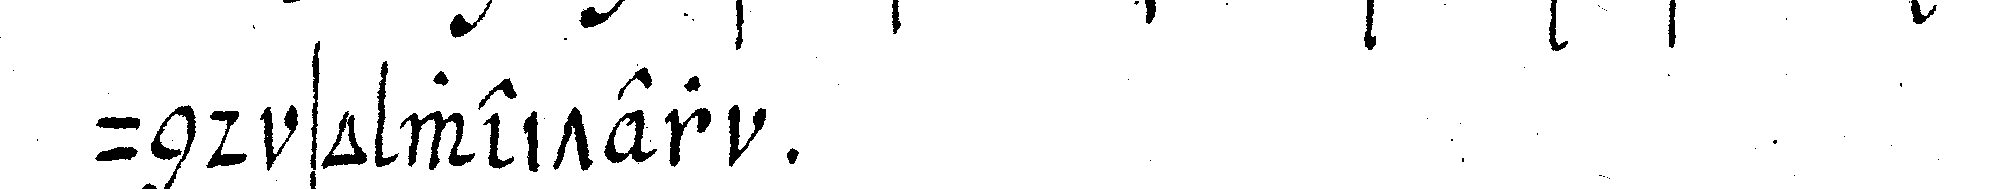
und so weiter .